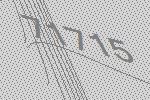
71715